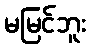
မမြင်ဘူး